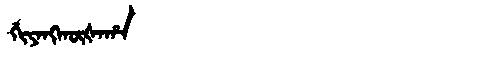
Manchu: ᡤᡳᠶᠠᠩᡴᡡᡧᠠᡥᠠ
Romanization: GIYANGKŪŠAHA